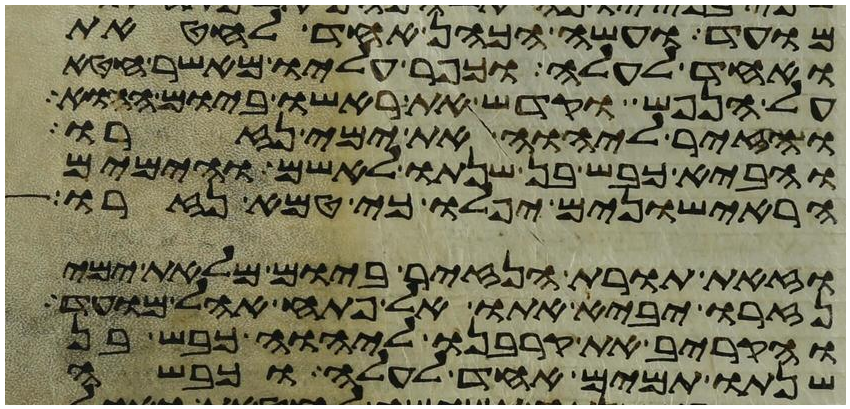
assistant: מועד ועשה הכהן אחד לחטאת
ואחד לעלה וכפר עליו מאשר חטא
על הנפש וקדש את ראשו ביום ההוא
והזיר ליהוה את ימי נזרו
והביא כבש בן שנתו לאשם והימים
הראישונים יפלו כי טמא נזרו
וזאת תורת הנזיר ביום מלאת ימי
נזרו יביא אתו אל פתח אהל מועד
והקריב את קרבנו ליהוה כבש בן
שנתו תמים אחד לעלה וכבשה